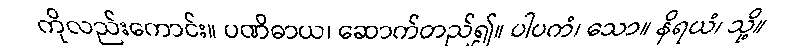
ကိုလည်းကောင်း။ ပဏိဓာယ၊ ဆောက်တည်၍။ ပါပကံ၊ သော။ နိရယံ၊ သို့။